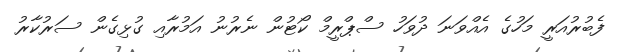
ފެބުރުއަރީ މަހުގެ އެއްވަނަ ދުވަހު ސްޕްރީމް ކޯޓުން ނެރުނު އަމުރާއި ގުޅިގެން ސަރުކާރު